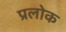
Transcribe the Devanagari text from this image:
प्रलोक